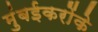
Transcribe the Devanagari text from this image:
मुंबईकरोंके